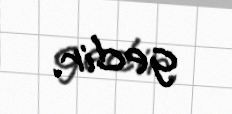
gedir.